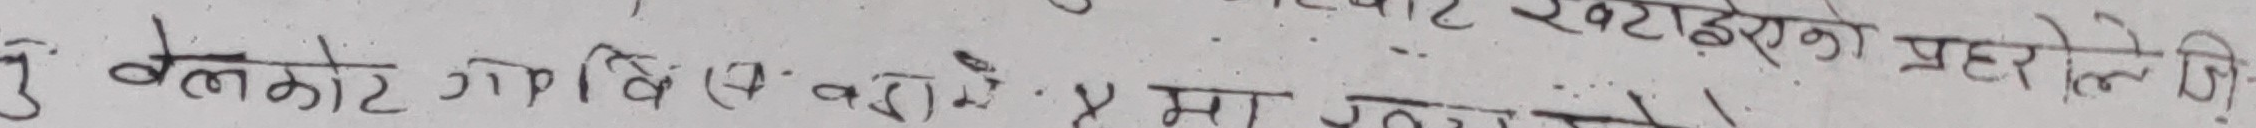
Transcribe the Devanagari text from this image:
३ बेलकोट गतिविधि से. ४ मा प्रहरीले नि.